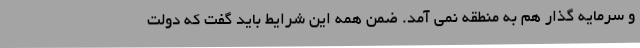
و سرمایه گذار هم به منطقه نمی آمد. ضمن همه این شرایط باید گفت که دولت